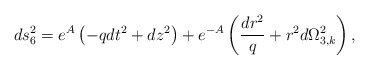
\begin{align*}ds_6^2 = e^A\left( -qdt^2+dz^2\right) + e^{-A}\left( \frac{dr^2}{q}+r^2 d\Omega^2 _{3,k} \right),\end{align*}